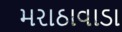
મરાઠાવાડા